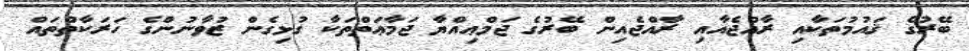
ބޭރުގެ ޤައުމުތަކާއި ރާއްޖެއާއި ރާއްޖެއިން ބޭރުގެ ޖަމްޢިއްޔާ ޖަމާޢަތްތަކާ ގުޅިގެން ޒުވާނުންގެ ހަރަކާތްތައް